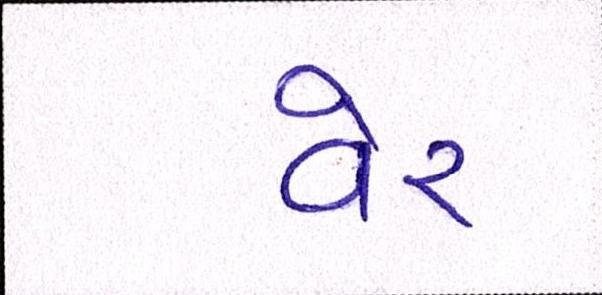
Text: વેર